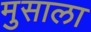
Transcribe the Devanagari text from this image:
मुसाला